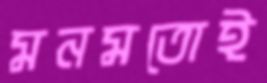
মনমতোই